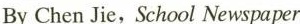
By Chen Jie，School Newspaper